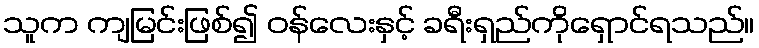
သူက ကျမြင်းဖြစ်၍ ဝန်လေးနှင့် ခရီးရှည်ကိုရှောင်ရသည်။